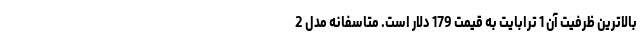
بالاترین ظرفیت آن 1 ترابایت به قیمت 179 دلار است. متاسفانه مدل 2